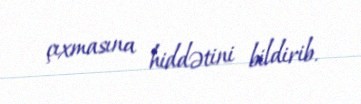
çıxmasına hiddətini bildirib.